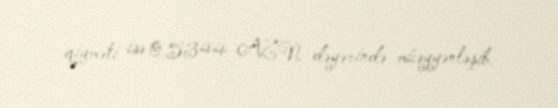
qiyməti isə 0.5344 AZN dəyərində müəyyənləşib.